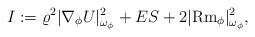
LaTeX: \begin{align*}I:=\varrho^2 |\nabla_{\phi} U|_{\omega_{\phi}}^2+ES+2|{\rm Rm}_{\phi}|_{\omega_{\phi}}^2,\end{align*}